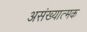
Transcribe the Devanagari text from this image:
असंख्यात्मक